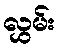
လွှမ်း